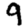
Digit: 9